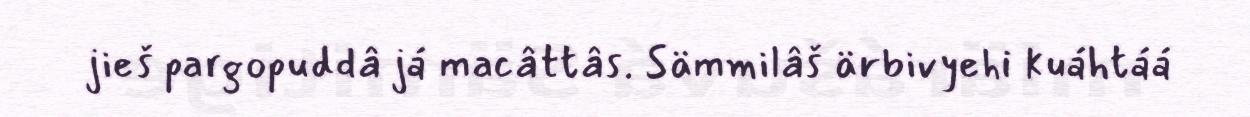
jieš pargopuddâ já macâttâs. Sämmilâš ärbivyehi kuáhtáá